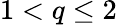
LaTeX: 1<q\leq 2